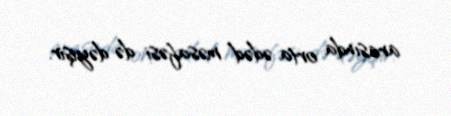
arasında orta ədəd məsafəsi də dəyişir.